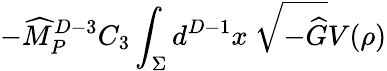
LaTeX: -{\widehat M}_{P}^{D-3}C_{3}\int_{\Sigma}d^{D-1}x~\sqrt{-{\widehat G}}V(\rho)